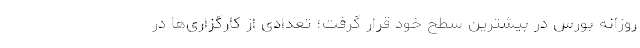
روزانه بورس در بیشترین سطح خود قرار گرفت؛ تعدادی از کارگزاری‌ها در